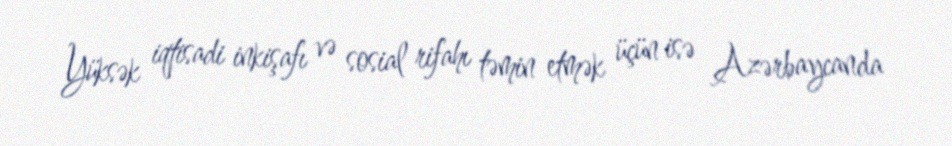
Yüksək iqtisadi inkişafı və sosial rifahı təmin etmək üçün isə Azərbaycanda